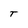
Character: T